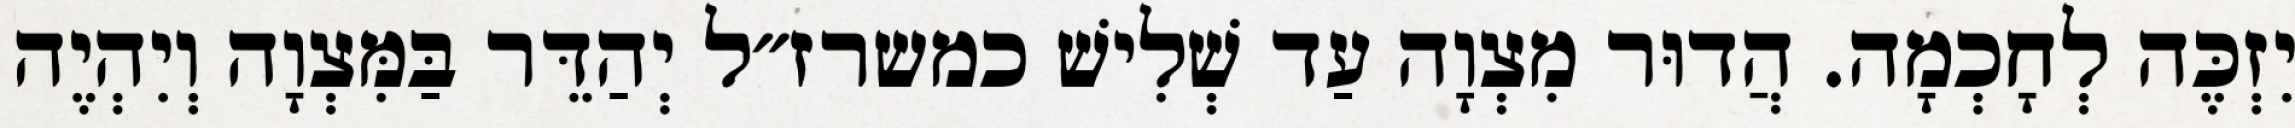
יִזְכֶּה לְחָכְמָה. הֲדוּר מִצְוָה עַד שְׁלִישׁ כמשרז״ל יְהַדֵּר בַּמִּצְוָה וְיִהְיֶה